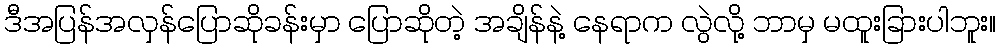
ဒီအပြန်အလှန်ပြောဆိုခန်းမှာ ပြောဆိုတဲ့ အချိန်နဲ့ နေရာက လွဲလို့ ဘာမှ မထူးခြားပါဘူး။